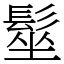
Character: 髽